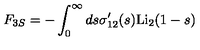
F _ { 3 S } = - \int _ { 0 } ^ { \infty } d s \sigma _ { 1 2 } ^ { \prime } ( s ) \mathrm { L i } _ { 2 } ( 1 - s )